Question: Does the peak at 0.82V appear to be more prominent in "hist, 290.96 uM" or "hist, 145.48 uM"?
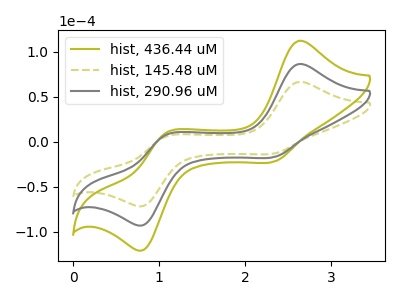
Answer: <think>The olive curve "hist, 436.44 uM" has anodic peaks at (2.65V, 173.10uA) (1.10V, 15.60uA) and cathodic peaks at (2.35V, -33.40uA) (0.80V, -185.10uA). The olive dashed curve "hist, 145.48 uM" has anodic peaks at (2.65V, 66.65uA) (1.10V, 6.00uA) and cathodic peaks at (2.35V, -12.85uA) (0.80V, -71.25uA). The gray curve "hist, 290.96 uM" has anodic peaks at (2.65V, 86.55uA) (1.10V, 7.80uA) and cathodic peaks at (2.35V, -16.70uA) (0.80V, -92.55uA).</think>
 <answer>The peak at 0.82V is higher in "hist, 290.96 uM" than in "hist, 145.48 uM".</answer>
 <eval>higher</eval>